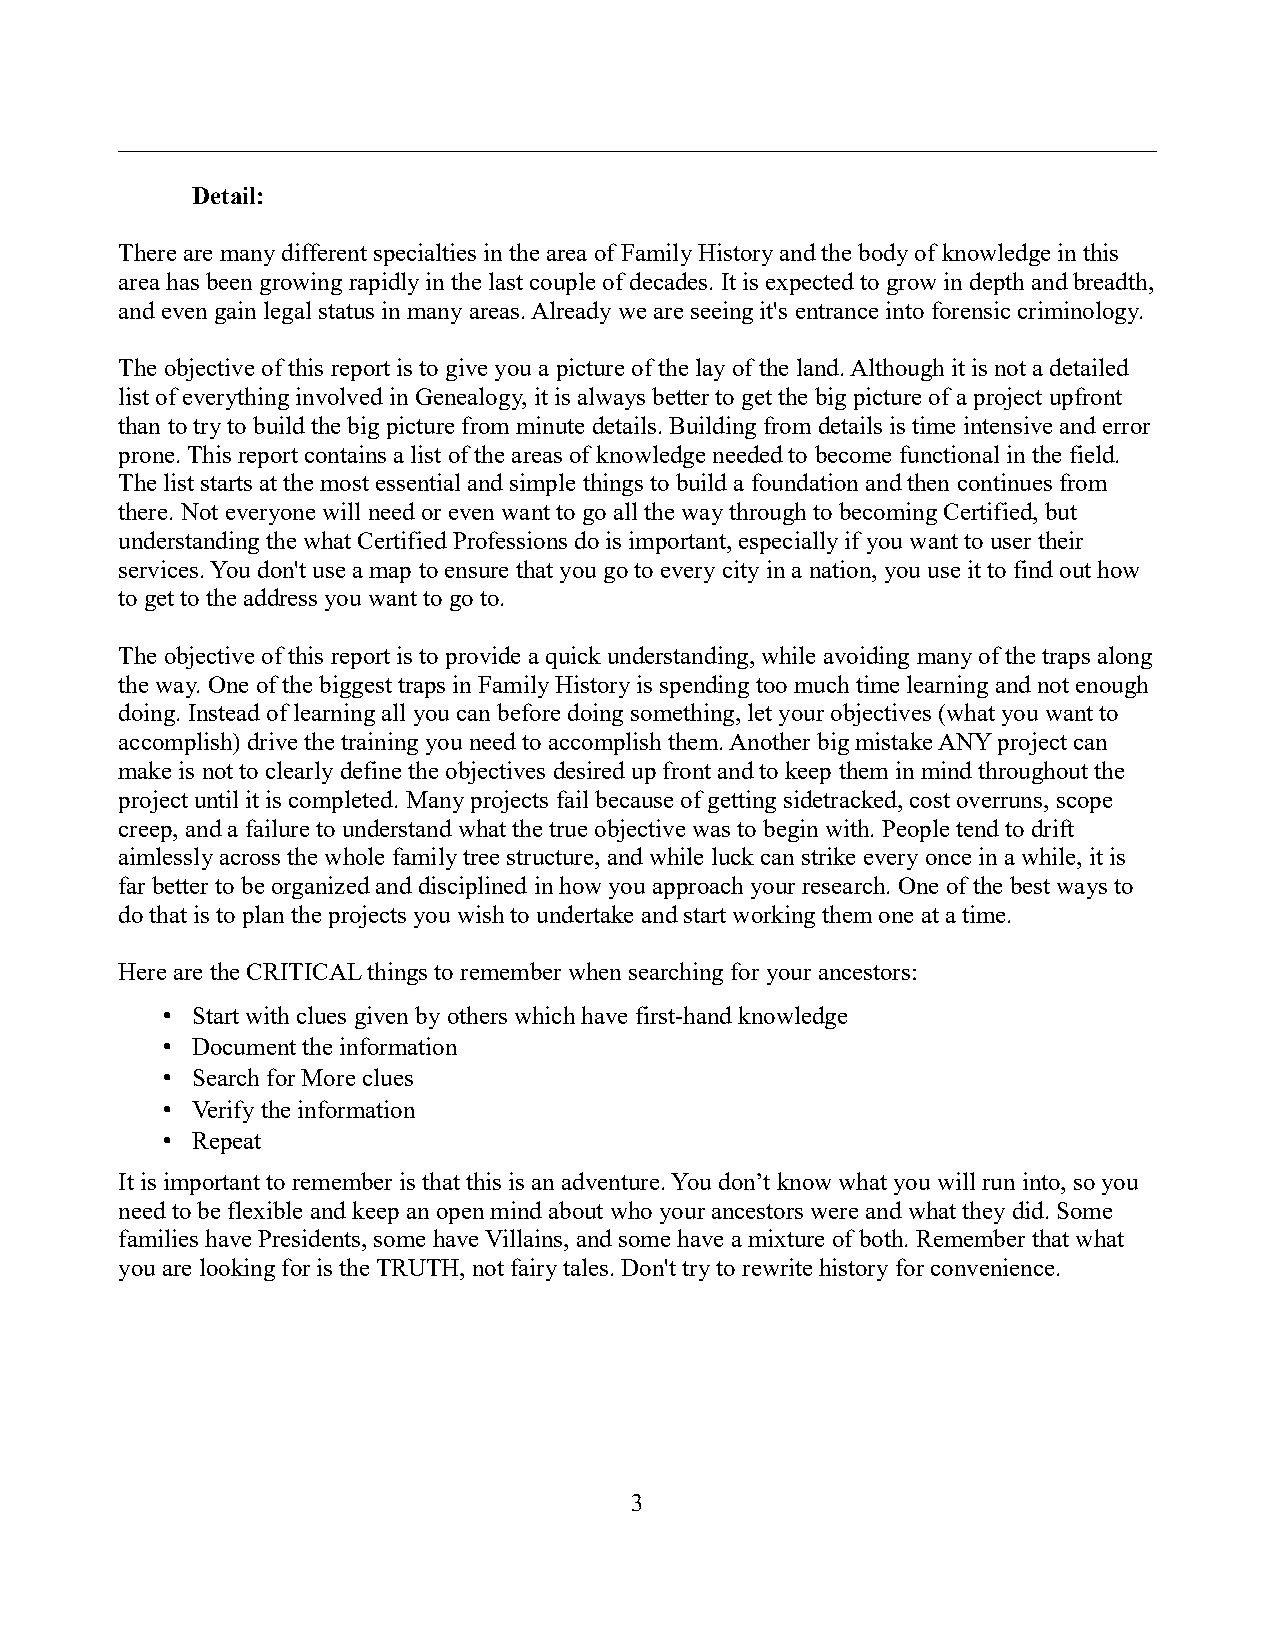
Detail:
 There are many different specialties in the area of Family History and the body of knowledge in this
 area has been growing rapidly in the last couple of decades. It is expected to grow in depth and breadth,
 and even gain legal status in many areas. Already we are seeing it's entrance into forensic criminology.
 The objective of this report is to give you a picture of the lay of the land. Although it is not a detailed
 list of everything involved in Genealogy, it is always better to get the big picture of a project upfront
 than to try to build the big picture from minute details. Building from details is time intensive and error
 prone. This report contains a list of the areas of knowledge needed to become functional in the field.
 The list starts at the most essential and simple things to build a foundation and then continues from
 there. Not everyone will need or even want to go all the way through to becoming Certified, but
 understanding the what Certified Professions do is important, especially if you want to user their
 services. You don't use a map to ensure that you go to every city in a nation, you use it to find out how
 to get to the address you want to go to.
 The objective of this report is to provide a quick understanding, while avoiding many of the traps along
 the way. One of the biggest traps in Family History is spending too much time learning and not enough
 doing. Instead of learning all you can before doing something, let your objectives (what you want to
 accomplish) drive the training you need to accomplish them. Another big mistake ANY project can
 make is not to clearly define the objectives desired up front and to keep them in mind throughout the
 project until it is completed. Many projects fail because of getting sidetracked, cost overruns, scope
 creep, and a failure to understand what the true objective was to begin with. People tend to drift
 aimlessly across the whole family tree structure, and while luck can strike every once in a while, it is
 far better to be organized and disciplined in how you approach your research. One of the best ways to
 do that is to plan the projects you wish to undertake and start working them one at a time.
 Here are the CRITICAL things to remember when searching for your ancestors:
 • Start with clues given by others which have first-hand knowledge
 • Document the information
 • Search for More clues
 • Verify the information
 • Repeat
 It is important to remember is that this is an adventure. You don’t know what you will run into, so you
 need to be flexible and keep an open mind about who your ancestors were and what they did. Some
 families have Presidents, some have Villains, and some have a mixture of both. Remember that what
 you are looking for is the TRUTH, not fairy tales. Don't try to rewrite history for convenience.
 3